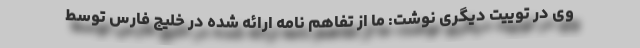
وی در توییت دیگری نوشت: ما از تفاهم نامه ارائه شده در خلیج فارس توسط